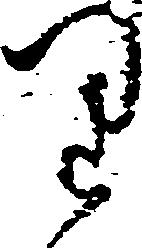
り